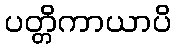
ပတ္တိကာယာပိ